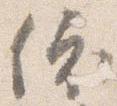
依